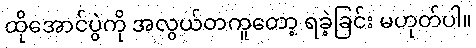
ထိုအောင်ပွဲကို အလွယ်တကူတော့ ရခဲ့ခြင်း မဟုတ်ပါ။